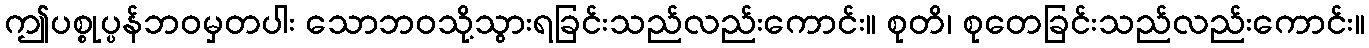
ဤပစ္စုပ္ပန်ဘဝမှတပါး သောဘဝသို့သွားရခြင်းသည်လည်းကောင်း။ စုတိ၊ စုတေခြင်းသည်လည်းကောင်း။